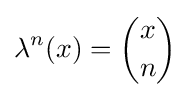
\lambda ^{n}(x)={x \choose n}